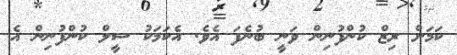
ކަމަށް ރިޒް ކުންފުނިން ވަނީ ބުނެފަ އެވެ. އެކަމަކު ސީލް ކުންފުނިން އެ